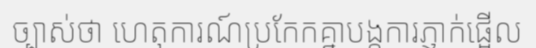
ច្បាស់ថា ហេតុការណ៍ប្រកែកគ្នាបង្កការភ្ញាក់ផ្អើល